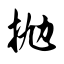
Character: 抛